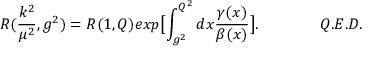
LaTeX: R ( \frac { k ^ { 2 } } { \mu ^ { 2 } } , g ^ { 2 } ) = R ( 1 , Q ) e x p \bigl [ \int _ { g ^ { 2 } } ^ { Q ^ { 2 } } d x \frac { \gamma ( x ) } { \beta ( x ) } \bigr ] . \qquad \qquad Q . E . D .